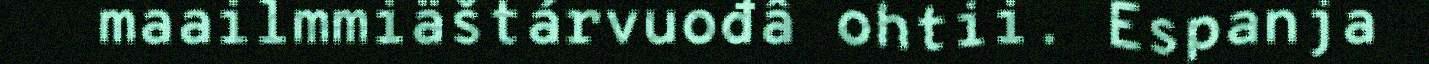
maailmmiäštárvuođâ ohtii. Espanja